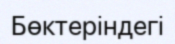
Бөктеріндегі